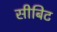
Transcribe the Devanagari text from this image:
सीबिट